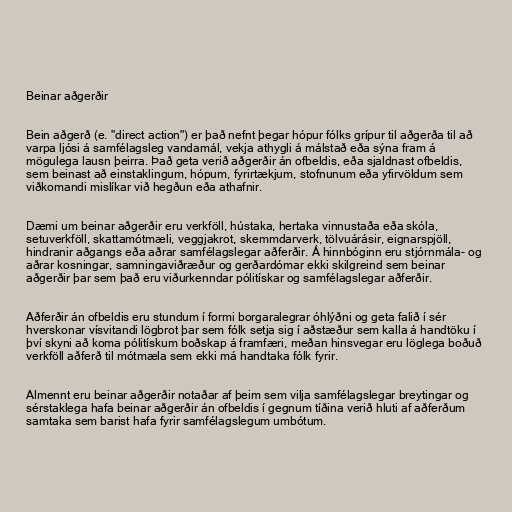
Beinar aðgerðir

Bein aðgerð (e. "direct action") er það nefnt þegar hópur fólks grípur til aðgerða til að
varpa ljósi á samfélagsleg vandamál, vekja athygli á málstað eða sýna fram á
mögulega lausn þeirra. Það geta verið aðgerðir án ofbeldis, eða sjaldnast ofbeldis,
sem beinast að einstaklingum, hópum, fyrirtækjum, stofnunum eða yfirvöldum sem
viðkomandi mislíkar við hegðun eða athafnir.

Dæmi um beinar aðgerðir eru verkföll, hústaka, hertaka vinnustaða eða skóla,
setuverkföll, skattamótmæli, veggjakrot, skemmdarverk, tölvuárásir, eignarspjöll,
hindranir aðgangs eða aðrar samfélagslegar aðferðir. Á hinnbóginn eru stjórnmála- og
aðrar kosningar, samningaviðræður og gerðardómar ekki skilgreind sem beinar
aðgerðir þar sem það eru viðurkenndar pólitískar og samfélagslegar aðferðir.

Aðferðir án ofbeldis eru stundum í formi borgaralegrar óhlýðni og geta falið í sér
hverskonar vísvitandi lögbrot þar sem fólk setja sig í aðstæður sem kalla á handtöku í
því skyni að koma pólitískum boðskap á framfæri, meðan hinsvegar eru löglega boðuð
verkföll aðferð til mótmæla sem ekki má handtaka fólk fyrir.

Almennt eru beinar aðgerðir notaðar af þeim sem vilja samfélagslegar breytingar og
sérstaklega hafa beinar aðgerðir án ofbeldis í gegnum tíðina verið hluti af aðferðum
samtaka sem barist hafa fyrir samfélagslegum umbótum.